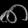
Digit: ၈